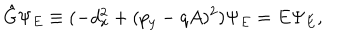
{ \hat { G } } \Psi _ { E } \equiv ( - d _ { x } ^ { 2 } + ( p _ { y } - q A ) ^ { 2 } ) \Psi _ { E } = E \Psi _ { E } ,